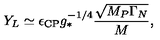
Y _ { L } \simeq \epsilon _ { \mathrm { C P } } g _ { * } ^ { - 1 / 4 } \frac { \sqrt { M _ { P } \Gamma _ { N } } } { M } ,